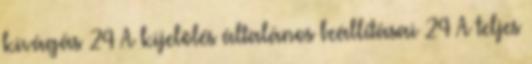
kivágás 24 A kijelölés általános beállításai 24 A teljes